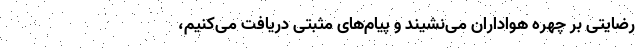
رضایتی بر چهره هواداران می‌نشیند و پیام‌های مثبتی دریافت می‌کنیم،